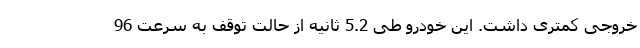
خروجی کمتری داشت. این خودرو طی 5.2 ثانیه از حالت توقف به سرعت 96